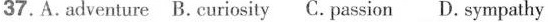
37.A.adventure B. curiosity C. passion D. sympathy